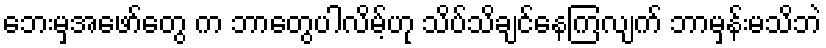
ဘေးမှအဖော်တွေ က ဘာတွေပါလိမ့်ဟု သိပ်သိချင်နေကြလျက် ဘာမှန်းမသိဘဲ